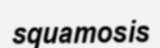
squamosis